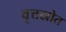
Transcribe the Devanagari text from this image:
वृत्तस्रोत